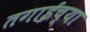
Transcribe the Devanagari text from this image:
तगाईच्या